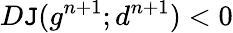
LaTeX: D\mathtt{J}(g^{n+1};d^{n+1})<0